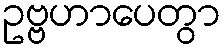
ဥဗ္ဗဟာပေတွာ